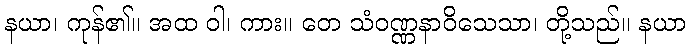
နယာ၊ ကုန်၏။ အထ ဝါ၊ ကား။ တေ သံဝဏ္ဏနာဝိသေသာ၊ တို့သည်။ နယာ